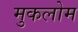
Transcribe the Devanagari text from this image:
मुकलोम